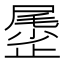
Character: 𱥆